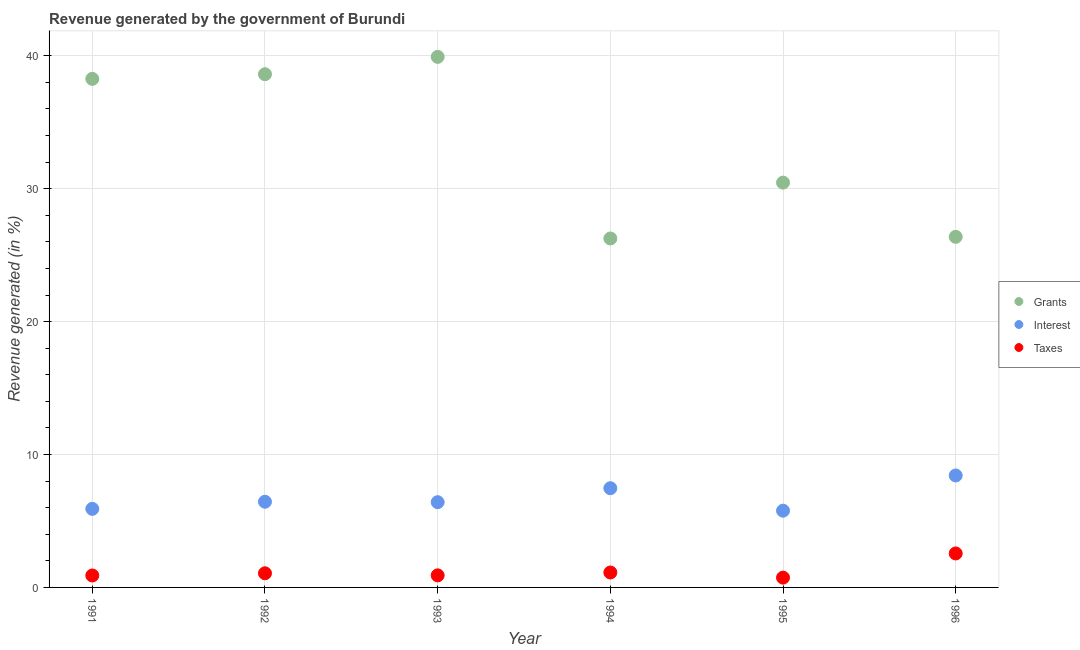
| Year | Grants | Interest | Taxes |
 | --- | --- | --- | --- |
 | 1991 | 38.3 | 5.91 | 0.898 |
 | 1992 | 38.6 | 6.45 | 1.06 |
 | 1993 | 39.9 | 6.41 | 0.908 |
 | 1994 | 26.3 | 7.47 | 1.12 |
 | 1995 | 30.5 | 5.78 | 0.737 |
 | 1996 | 26.4 | 8.42 | 2.56 |